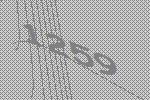
1259